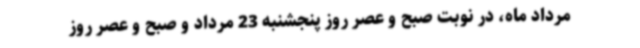
مرداد ماه، در نوبت صبح و عصر روز پنجشنبه 23 مرداد و صبح و عصر روز